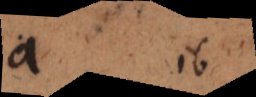
a i